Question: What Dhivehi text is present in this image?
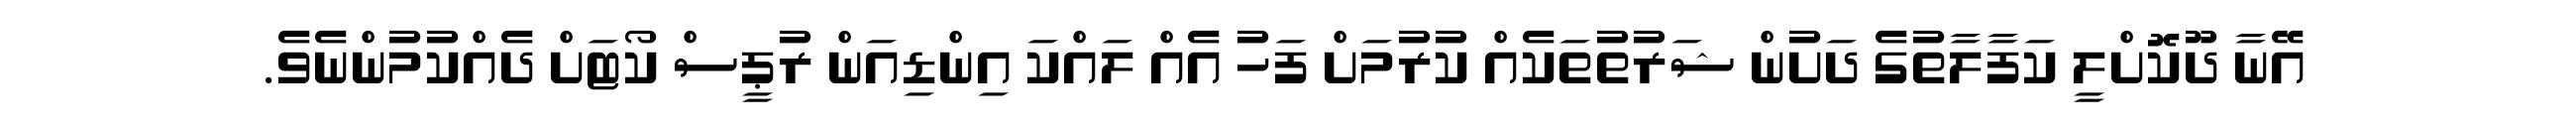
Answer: އޭނާ ދޫކޮށްލީ ކަފާލާތުގެ ދަށުން ޝަރުތުތަކެއް ކުރުމަށް ފަހު އެއް ލައްކަ އިންޑިއަން ރުޕީސް ކޯޓަށް ދެއްކުމުންނެވެ.